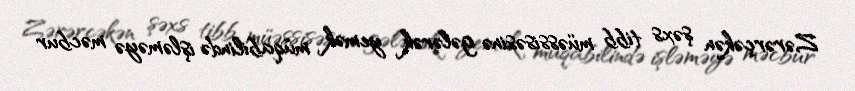
Zərərçəkən şəxs tibb müəssisəsinə gələrək yemək müqabilində işləməyə məcbur